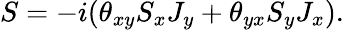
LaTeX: S=-i(\theta_{xy}S_{x}J_{y}+\theta_{yx}S_{y}J_{x}).